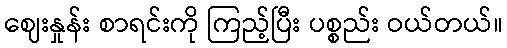
ဈေးနှုန်း စာရင်းကို ကြည့်ပြီး ပစ္စည်း ဝယ်တယ်။